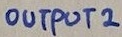
Text: OUTPUT 2